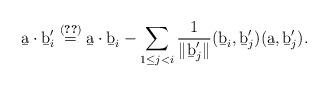
LaTeX: \begin{align*}\b a\cdot\b b_i' \stackrel{\eqref{eq:DarstB}}{=} \b a\cdot\b b_i - \sum_{1\leq j<i}\frac{1}{\| \b b_j'\|}(\b b_i,\b b_j')(\b a,\b b_j').\end{align*}